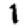
Digit: 1